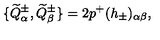
\{ \widetilde { Q } _ { \alpha } ^ { \pm } , \widetilde { Q } _ { \beta } ^ { \pm } \} = 2 p ^ { + } ( h _ { \pm } ) _ { \alpha \beta } ,